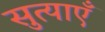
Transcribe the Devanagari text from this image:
सुत्याएँ